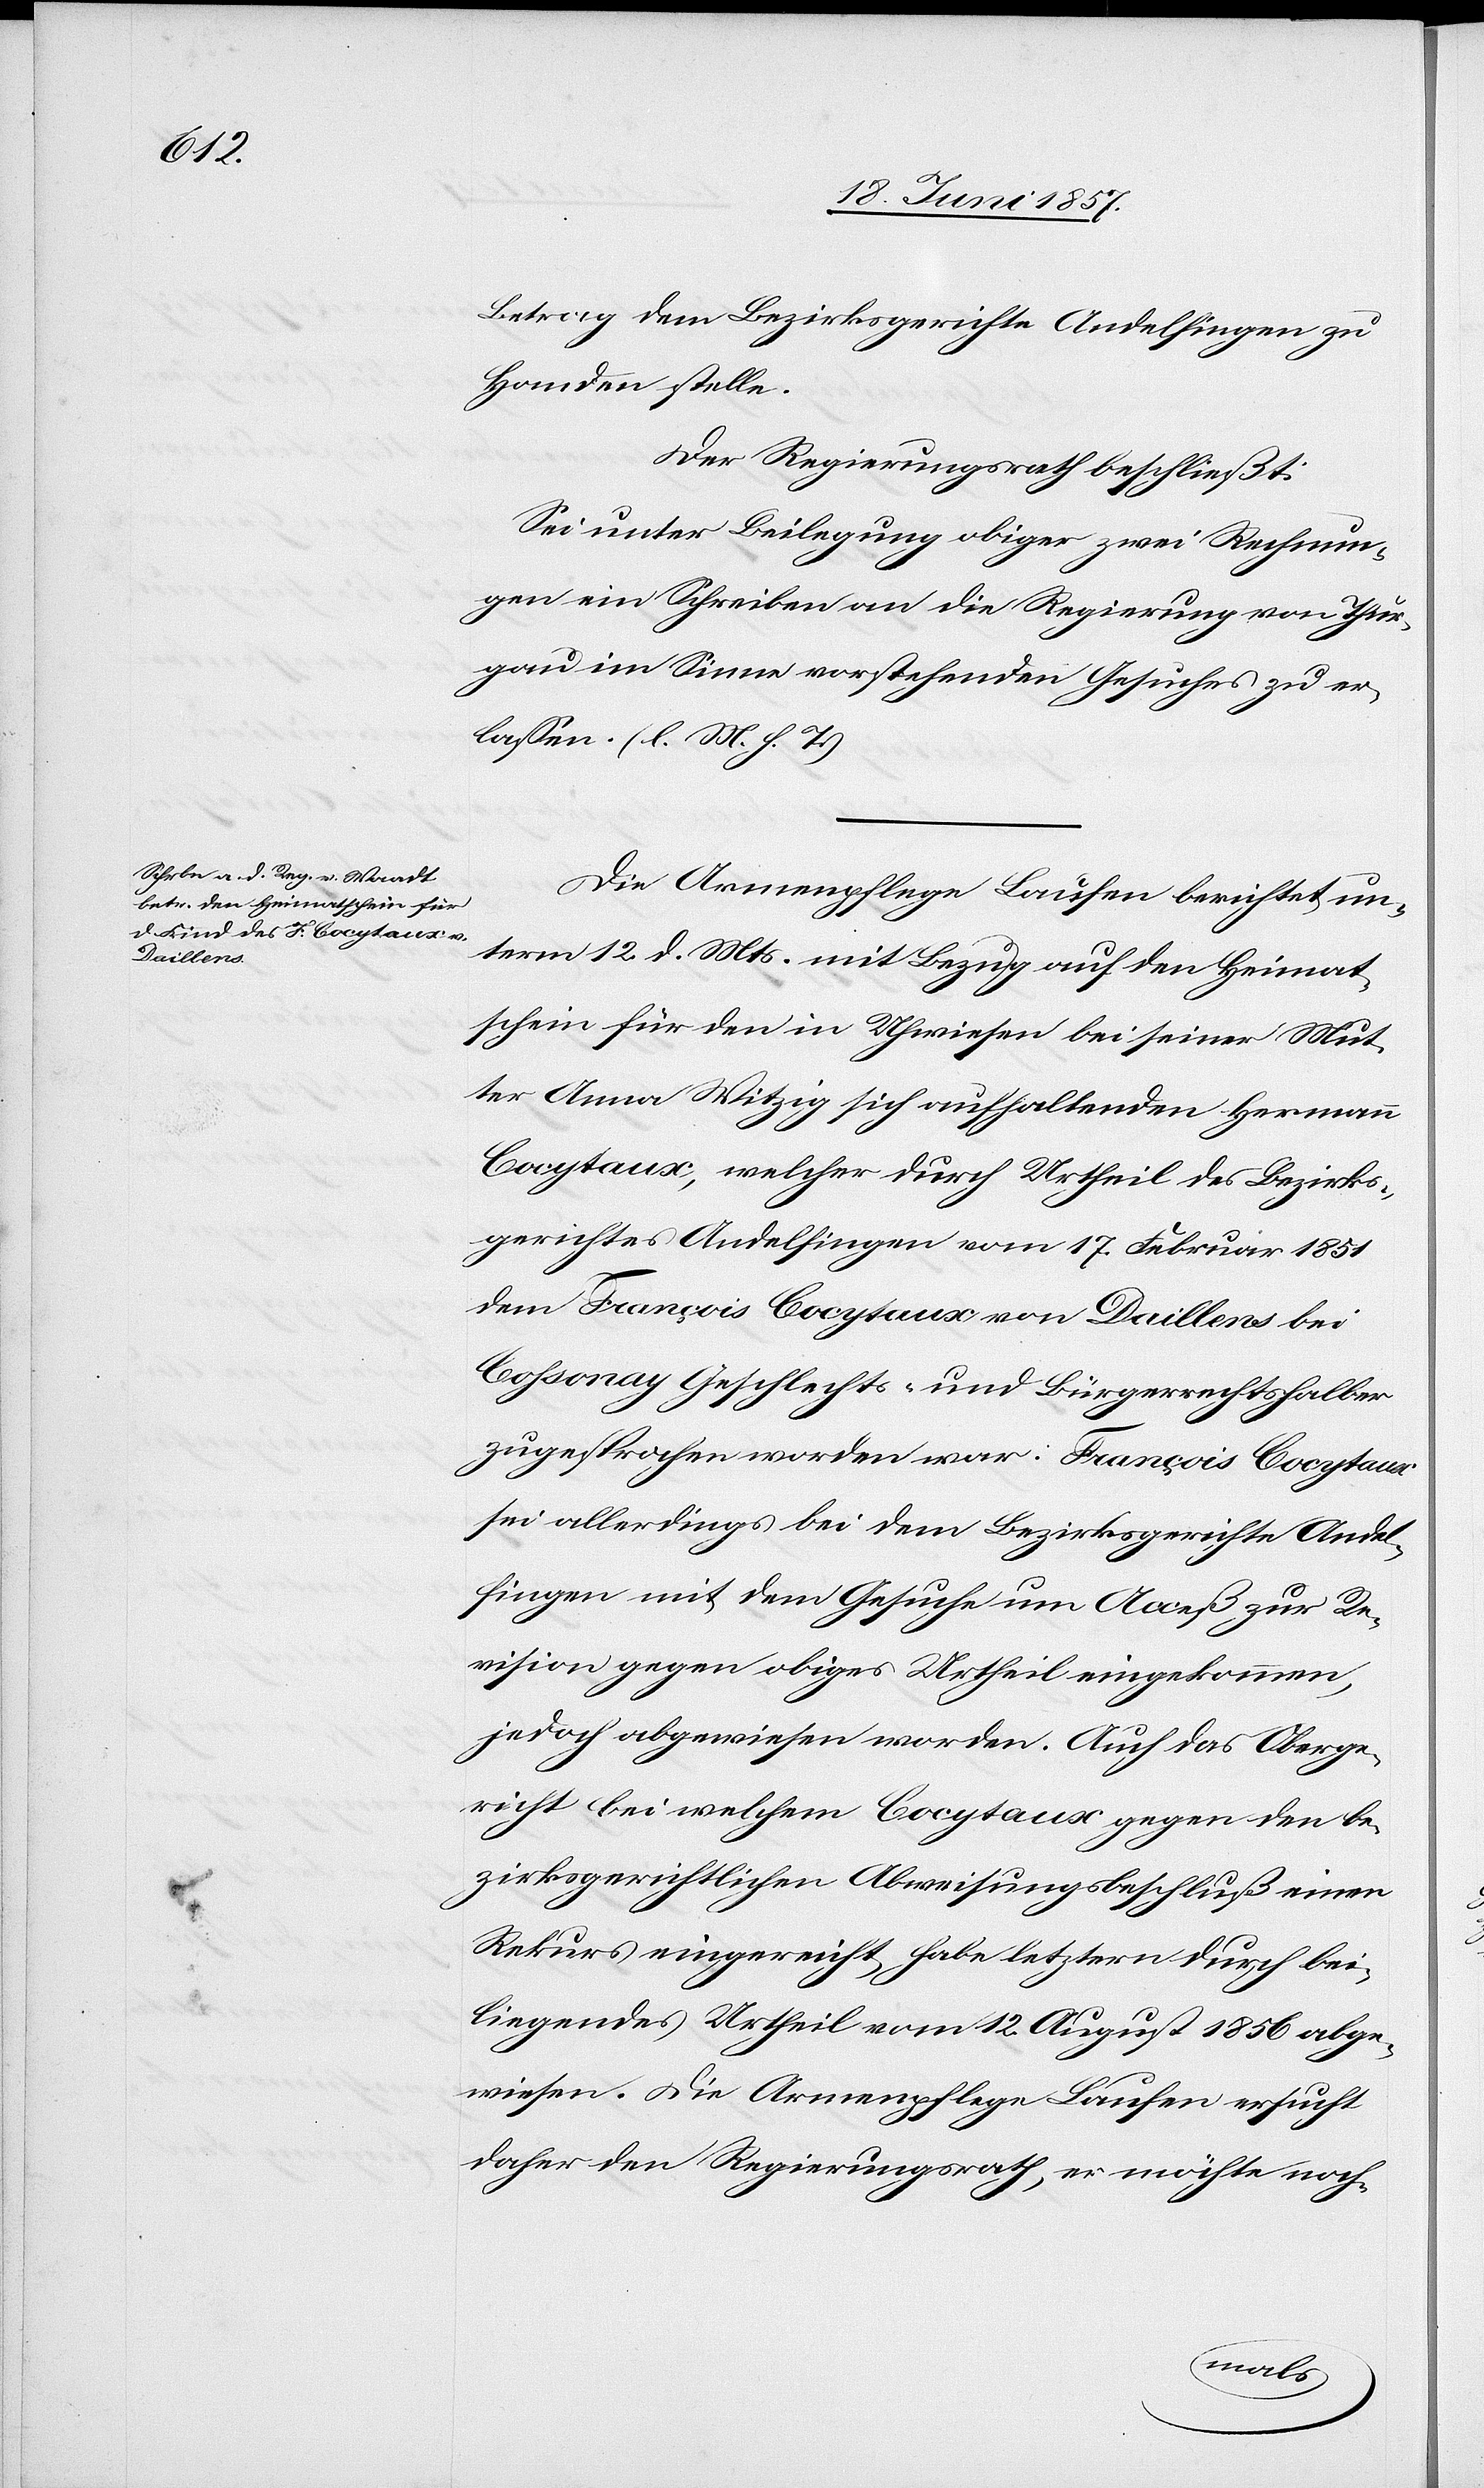
Betrag dem Bezirksgerichte Andelfingen zu
Handen stelle.
Der Regierungsrath beschließt:
Sei unter Beilegung obiger zwei Rechnun¬
gen ein Schreiben an die Regierung von Thur¬
gau im Sinne vorstehenden Gesuches zu er¬
lassen. [l. M. h. T]
Die Armenpflege Laufen berichtet un¬
term 12 d. Mts. mit Bezug auf den Heimat¬
schein für den in Uhwiesen bei seiner Mut¬
ter Anna Witzig sich aufhaltenden Hermann
Cocytaux, welcher durch Urtheil des Bezirks¬
gerichtes Andelfingen vom 17 Februar 1851
dem Francois Cocytaux von Daillens bei
Cohsonay Geschlechts- und Bürgerrechtshalber
zugesprochen worden war: Francois Cocytaux
sei allerdings bei dem Bezirksgerichte Andel¬
fingen mit dem Gesuche um Acceß zur Re¬
visison gegen obiges Urtheil eingekommen,
jedoch abgewiesen worden. Auch das Oberge¬
richt bei welchem Cocytaux gegen den be¬
zirksgerichtlichen Abweisungsbeschluß einen
Rekurs eingereicht habe letztern durch bei¬
liegendes Urtheil vom 12 August 1856 abge¬
wiesen. Die Armenpflege Laufen ersucht
daher den Regierungsrath, er möchte noch-